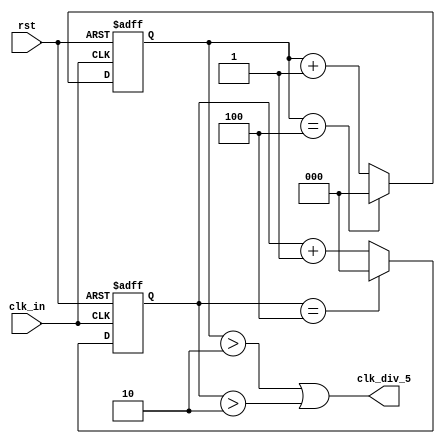
`timescale 1ns / 1ps
//////////////////////////////////////////////////////////////////////////////////
// Company: 
// 
// Design Name: 
// Module Name:    clock_div_five 
// Project Name: 
// Target Devices: 
// Tool versions: 
// Description: 
//
// Dependencies: 
//
// Revision: 
// Revision 0.01 - File Created
// Additional Comments: 
//
//////////////////////////////////////////////////////////////////////////////////
 module clock_div_five (
		clk_in, 
		rst, 
		clk_div_5
	);

	input clk_in, rst;
	output clk_div_5;
	
	reg [2:0] clk_pos = 3'b000;
	reg [2:0] clk_neg = 3'b000;
	
	always@(posedge clk_in, posedge rst)
	begin
		if (rst)
			clk_pos <= 3'b000;
		else if (clk_pos == 3'b100)
			clk_pos <= 3'b000;
		else
			clk_pos <= clk_pos + 1'b1;
	end
	
	always@(negedge clk_in, posedge rst)
	begin
		if (rst)
			clk_neg <= 3'b000;
		else if (clk_neg == 3'b100)
			clk_neg <= 3'b000;
		else
			clk_neg <= clk_neg + 1'b1;
	end
	
	assign clk_div_5 = ((clk_pos > 2'b10)|(clk_neg > 2'b10));

endmodule